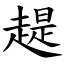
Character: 趧